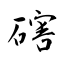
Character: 磍